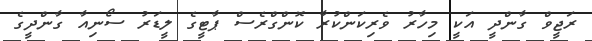
ރަޖީވް ގާންދީ އަކީ މިހާރު ވެރިކަންކުރާ ކޮންގްރެސް ޕާޓީގެ ލީޑަރު ސޯނިއާ ގާންދީގެ